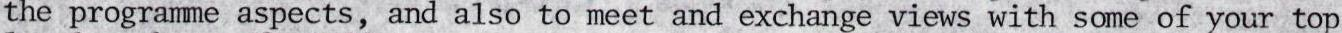
the programme aspects, and also to meet and exchange views with some of your top